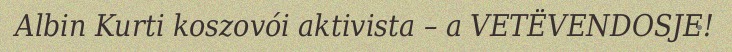
Albin Kurti koszovói aktivista – a VETËVENDOSJE!